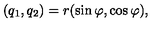
( q _ { 1 } , q _ { 2 } ) = r ( \sin \varphi , \cos \varphi ) ,